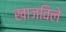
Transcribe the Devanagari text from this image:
खाजविले